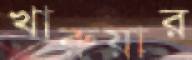
খারুয়ার